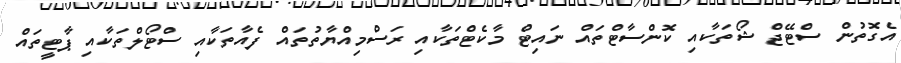
އެގޮތުން ސްޓޭޖް ޝޯތަކާއި ކޮންސާޓްތައް ނައިޓް މާކެޓްތަކާއި ރަސްމިއްޔާތުތައް ފެއާތަކާއި ސްޓޯލްތަކާއި ޕާޓީތައް